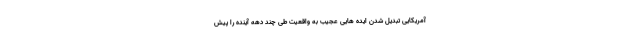
آمریکایی تبدیل شدن ایده هایی عجیب به واقعیت طی چند دهه آینده را پیش